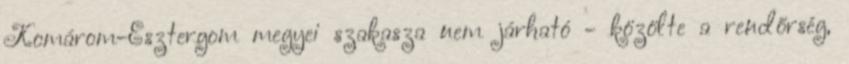
Komárom-Esztergom megyei szakasza nem járható - közölte a rendőrség,